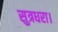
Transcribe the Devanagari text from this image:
सुत्रधरा।